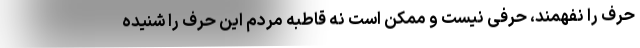
حرف را نفهمند، حرفی نیست و ممکن است نه قاطبه مردم این حرف را شنیده